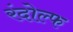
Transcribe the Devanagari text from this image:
रंदोल्फ